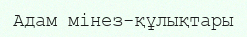
Адам мінез-құлықтары